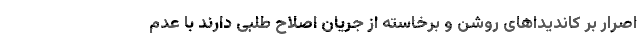
اصرار بر کاندیداهای روشن و برخاسته از جریان اصلاح طلبی دارند با عدم